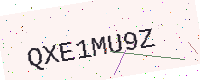
Text: QXE1MU9Z